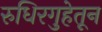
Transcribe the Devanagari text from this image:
रुधिरगुहेतून